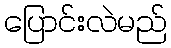
ပြောင်းလဲမည်